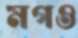
মগও